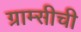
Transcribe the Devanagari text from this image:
ग्राम्सीची